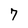
Character: 7